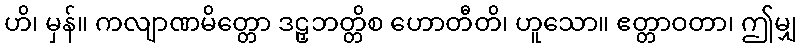
ဟိ၊ မှန်။ ကလျာဏမိတ္တော ဒဠှဘတ္တိစ ဟောတီတိ၊ ဟူသော။ ဧတ္တာဝတာ၊ ဤမျှ